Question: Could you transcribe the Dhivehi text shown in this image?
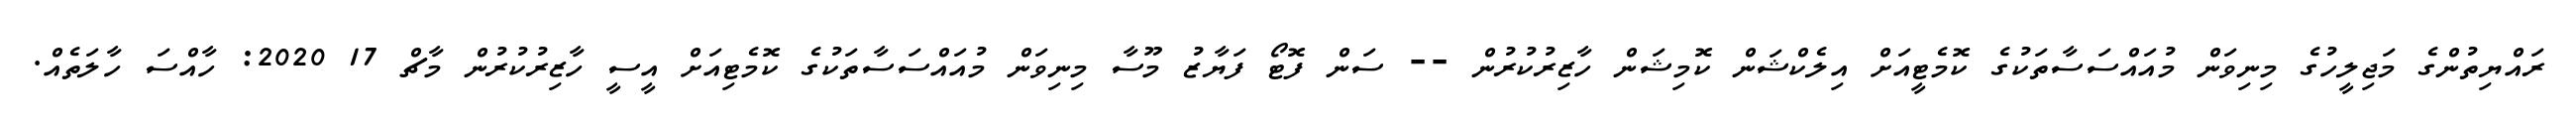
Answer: ރައްޔިތުންގެ މަޖިލީހުގެ މިނިވަން މުއައްސަސާތަކުގެ ކޮމެޓީއަށް އިލެކްޝަން ކޮމިޝަން ހާޒިރުކުރުން -- ސަން ފޮޓޯ ފަޔާޒު މޫސާ މިނިވަން މުއައްސަސާތަކުގެ ކޮމެޓިއަށް އީސީ ހާޒިރުކުރުން މާޗް 17 2020: ހާއްސަ ހާލަތެއް.